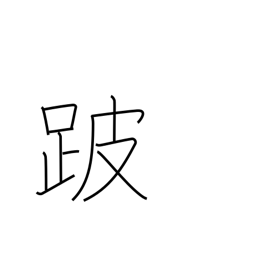
Meaning: lameness